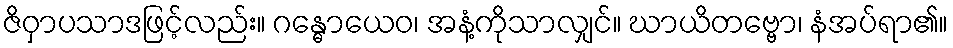
ဇိဝှာပသာဒဖြင့်လည်း။ ဂန္ဓောယေဝ၊ အနံ့ကိုသာလျှင်။ ဃာယိတဗ္ဗော၊ နံအပ်ရာ၏။